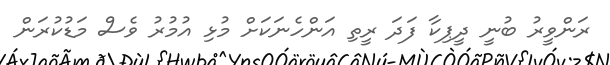
ރަންވީރު ބުނީ ދީޕިކާ ފަދަ ރީތި އަންހެނަކަށް މުޅި އުމުރު ވެސް މަޑުކުރަން